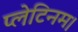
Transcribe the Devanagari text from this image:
प्लेटिनम।